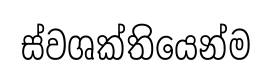
ස්වශක්තියෙන්ම